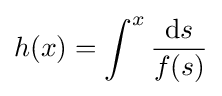
h(x)=\int ^{x}{\frac {\mathrm {d} s}{f(s)}}